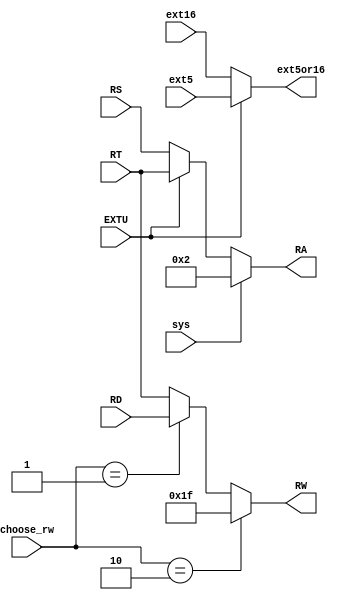
`timescale 1ns / 1ps
//////////////////////////////////////////////////////////////////////////////////
// Company: 
// Engineer: 
// 
// Design Name: 
// Module Name: RARW
// Project Name: 
// Target Devices: 
// Tool Versions: 
// Description: 
// 
// Dependencies: 
// 
// Revision:
// Revision 0.01 - File Created
// Additional Comments:
// 
//////////////////////////////////////////////////////////////////////////////////


module RARW(choose_rw, RS, RT, RD, ext5, ext16, EXTU, sys, RW, RA, ext5or16);
input [1:0]choose_rw;
input [4:0]RS,RT,RD;
input [31:0]ext5,ext16;
input EXTU,sys;
output [4:0]RW, RA;
output [31:0]ext5or16;

wire [4:0]ra;

assign ra = (EXTU==1)? RT: RS;
assign RA = (sys ==1)? 5'b00010: ra;
assign RW = choose_rw==2? 5'b11111: (
			choose_rw==1? RD: RT);
assign ext5or16 = (EXTU==1)? ext5: ext16;
endmodule